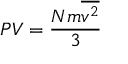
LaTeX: P V = { \frac { N m { \overline { { v ^ { 2 } } } } } { 3 } }